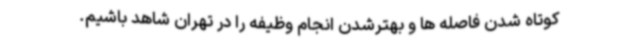
کوتاه شدن فاصله ها و بهترشدن انجام وظیفه را در تهران شاهد باشیم.